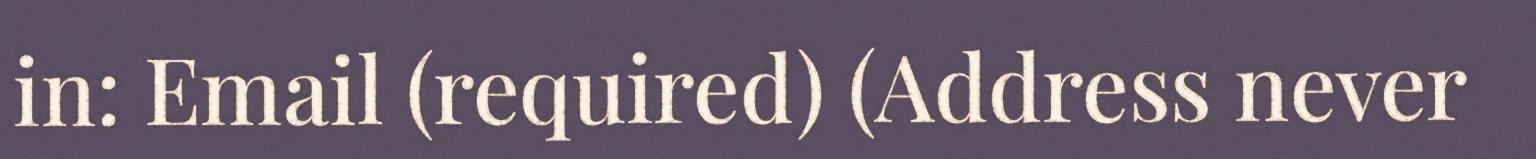
in: Email (required) (Address never